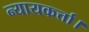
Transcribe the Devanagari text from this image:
न्यायकर्त्ता।